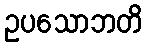
ဥပသောဘတိ